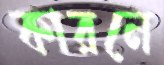
কারনে